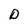
Character: D